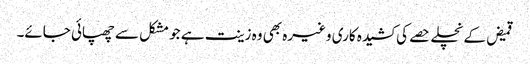
قمیض کے نچلے حصے کی کشیدہ کاری وغیرہ بھی وہ زینت ہے جو مشکل سے چھپائی جائے۔